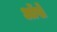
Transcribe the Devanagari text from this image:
आॅखे